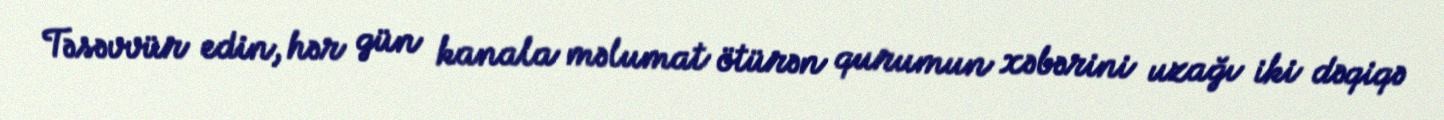
Təsəvvür edin, hər gün kanala məlumat ötürən qurumun xəbərini uzağı iki dəqiqə